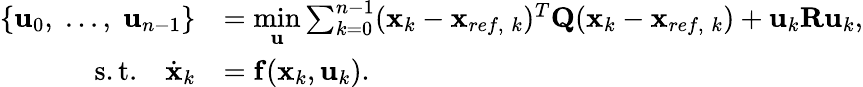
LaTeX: \begin{array}{rl}{\{ \mathbf{u}_{0},\; ...,\; \mathbf{u}_{n-1}\} }&{=\underset{\mathbf{u}}{\mathrm{min}}\sum_{k=0}^{n-1}(\mathbf{x}_{k}-\mathbf{x}_{ref,\; k})^{T}\mathbf{Q}(\mathbf{x}_{k}-\mathbf{x}_{ref,\; k})+\mathbf{u}_{k}\mathbf{R}\mathbf{u}_{k},}\\ {\mathrm{s.t.}\quad\dot{\mathbf{x}}_{k}}&{=\mathbf{f}(\mathbf{x}_{k},\mathbf{u}_{k}).}\end{array}